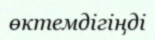
өктемдігіңді